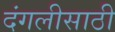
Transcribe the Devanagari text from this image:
दंगलीसाठी